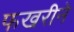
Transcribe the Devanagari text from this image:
फखरीने